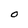
Character: O